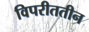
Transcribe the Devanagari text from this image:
विपरीततीन